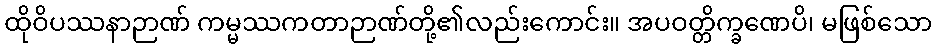
ထိုဝိပဿနာဉာဏ် ကမ္မဿကတာဉာဏ်တို့၏လည်းကောင်း။ အပဝတ္တိက္ခဏေပိ၊ မဖြစ်သော